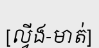
[ល្វីង-មាត់]